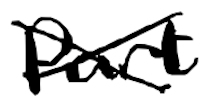
Text: part
Cross-out: cross
Writing tool: digital_black